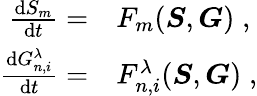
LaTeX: \begin{array}{rl}{\frac{\mathrm{d}S_{m}}{\mathrm{d}t}=}&{{}F_{m}(\boldsymbol{S},\boldsymbol{G})\; ,}\\ {\frac{\mathrm{d}G_{n,i}^{\lambda}}{\mathrm{d}t}=}&{{}F_{n,i}^{\lambda}(\boldsymbol{S},\boldsymbol{G})\; ,}\end{array}